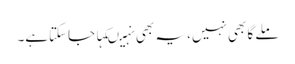
ملے گا بھی نہیں، یہ بھی نہیںکہا جاسکتاہے۔